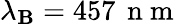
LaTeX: \lambda_{\mathbf{B}}=457\, \mathrm{{~n~m~}}